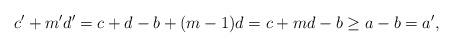
LaTeX: \begin{align*}c'+m'd'=c+d-b+(m-1)d=c+md-b\geq a-b=a',\end{align*}